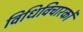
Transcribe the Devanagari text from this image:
विधिविचारकों